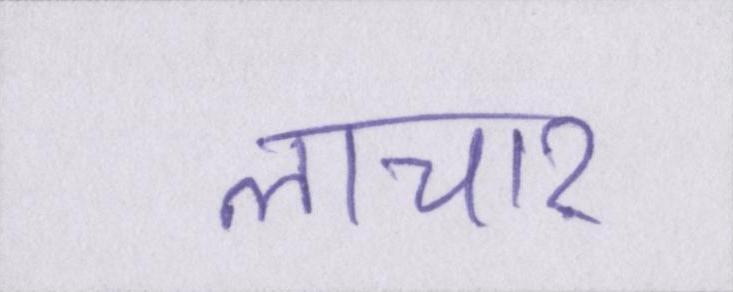
लाचार